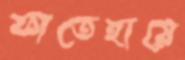
ফাতেহায়ে